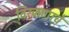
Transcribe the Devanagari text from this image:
विरजणाचे